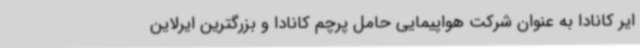
ایر کانادا به عنوان شرکت هواپیمایی حامل پرچم کانادا و بزرگترین ایرلاین